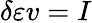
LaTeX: \delta\varepsilon v=I